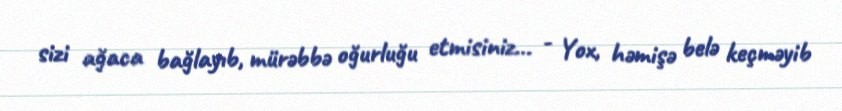
sizi ağaca bağlayıb, mürəbbə oğurluğu etmisiniz... - Yox, həmişə belə keçməyib